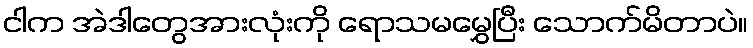
ငါက အဲဒါတွေအားလုံးကို ရောသမမွှေပြီး သောက်မိတာပဲ။